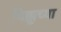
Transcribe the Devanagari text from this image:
चिक्कूच्या